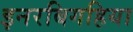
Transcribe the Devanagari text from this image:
इनरबिगहिया